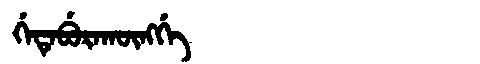
Manchu: ᡤᡝᡨᡝᠪᡠᡵᠠᡴᡡᠩᡤᡝ
Romanization: GETEBURAKŪNGGE